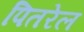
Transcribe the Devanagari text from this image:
पितरेल